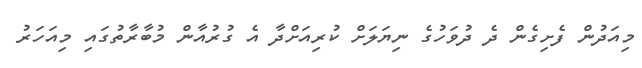
މިއަދުން ފެށިގެން ދެ ދުވަހުގެ ނިޔަލަށް ކުރިއަށްދާ އެ ގުރުއާން މުބާރާތުގައި މިއަހަރު